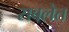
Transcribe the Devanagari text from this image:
सबलेत